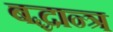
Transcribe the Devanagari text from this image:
बद्धान्त्र